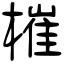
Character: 槯